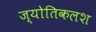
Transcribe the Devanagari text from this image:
ज्योतिकलश